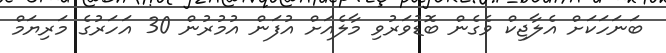
ބަނަހަކަށް އެލާޖިކް ވެގެން ބޮޑުވަރުވި މާލެއަށް އުފަން އުމުރުން 30 އަހަރުގެ މަރިޔަމް